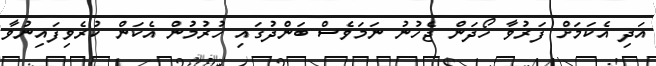
އަދި އެކަމަށް ފަރުވާ ހޯދަން ޖެހުނު ނަމަވެސް ބަންދުގައި ހުރުމުން އެކަން ކުރެވިފައިނުވާ